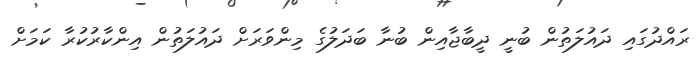
ރައްދުގައި ދައުލަތުން ބުނީ ދީބާޖާއިން ބުނާ ބަދަލުގެ މިންވަރަށް ދައުލަތުން އިންކާރުކުރާ ކަމަށް